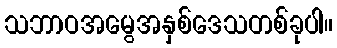
သဘာဝအမွေအနှစ်ဒေသတစ်ခုပါ။